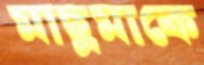
মাছুমাকে